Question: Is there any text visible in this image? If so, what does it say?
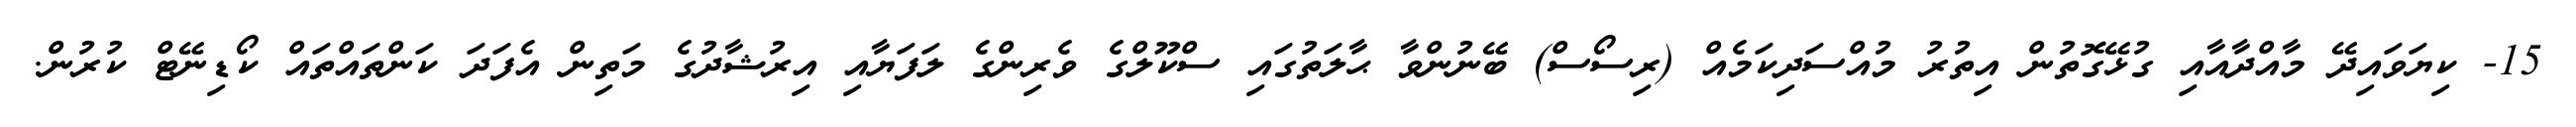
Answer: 15- ކިޔަވައިދޭ މާއްދާއާއި ގުޅޭގޮތުން އިތުރު މުއްސަދިކަމެއް (ރިސޯސް) ބޭނުންވާ ޙާލަތުގައި ސްކޫލްގެ ވެރިންގެ ލަފަޔާއި އިރުޝާދުގެ މަތިން އެފަދަ ކަންތައްތައް ކޯޑިނޭޓް ކުރުން.